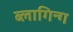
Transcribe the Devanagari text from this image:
ब्लागिन्ग